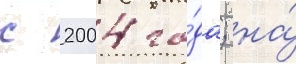
с 2004 го́да; на́